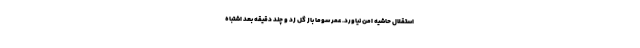
استقلال حاشیه امن نیاورد. عمر سوما باز گل زد و چند دقیقه بعد اشتباه